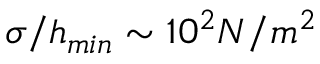
\sigma / h _ { m i n } \sim 1 0 ^ { 2 } N / m ^ { 2 }